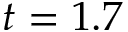
t = 1 . 7